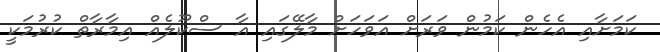
ކަމަށާއި އެހެން ކަމުން ވަރަށް އަވަހަށް މާލޭގައި އާ ސްކޫލެއް އިމާރާތް ކުރުމަކީ